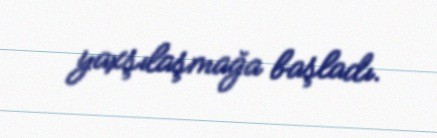
yaxşılaşmağa başladı.